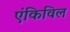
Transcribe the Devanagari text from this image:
एंकिविल